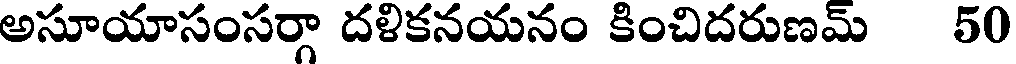
అసూయాసంసర్గా దళికనయనం కించిదరుణమ్ 50